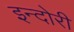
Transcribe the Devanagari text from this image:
इन्दोरी